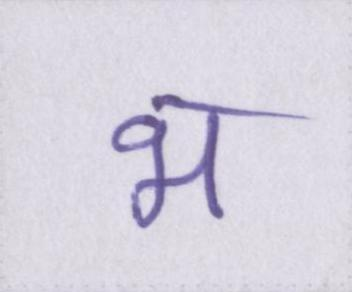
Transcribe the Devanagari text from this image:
भ